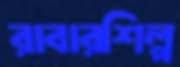
রাবারশিল্প